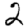
Digit: 2